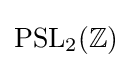
{\text{PSL}}_{2}(\mathbb {Z} )